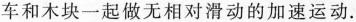
车和木块一起做无相对滑动的加速运动。